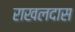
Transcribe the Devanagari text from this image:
राखलदास